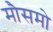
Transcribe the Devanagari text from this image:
मौसमो